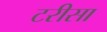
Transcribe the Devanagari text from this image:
टरीसा